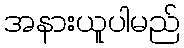
အနားယူပါမည်